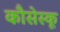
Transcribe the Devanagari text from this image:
कौसेस्कू